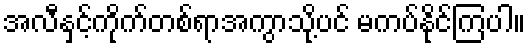
အလီနှင့်ကိုက်တစ်ရာအကွာသို့ပင် မကပ်နိုင်ကြပါ။